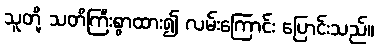
သူတို့ သတိကြီးစွာထား၍ လမ်းကြောင်း ပြောင်းသည်။